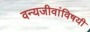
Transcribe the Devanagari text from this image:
वन्यजीवांविषयी